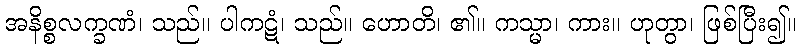
အနိစ္စလက္ခဏံ၊ သည်။ ပါကဋံ၊ သည်။ ဟောတိ၊ ၏။ ကသ္မာ၊ ကား။ ဟုတွာ၊ ဖြစ်ပြီး၍။